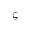
\boldsymbol { \varsigma }